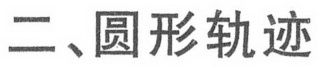
二、圆形轨迹